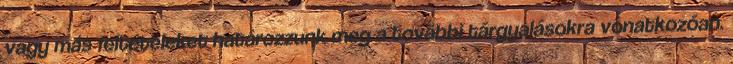
vagy más feltételeket határozzunk meg a további tárgyalásokra vonatkozóan.